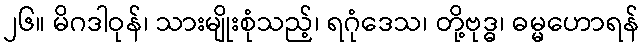
၂၆။ မိဂဒါဝုန်၊ သားမျိုးစုံသည့်၊ ရဂုံဒေသ၊ တို့ဗုဒ္ဓ၊ ဓမ္မဟောရန်